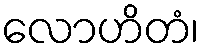
လောဟိတံ၊